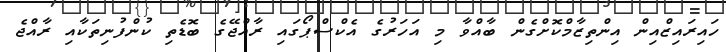
ހައިރައިޒްއިން އިންތިޒާމްކޮށްގެން ބާއްވާ މި އަހަރުގެ އެކްސްޕޯގައި ރާއްޖޭގެ ބޮޑެތި ކުންފުނިތަކާއި ރާއްޖެ